Indian journal of veterinary science and animal husbandry - Volume 13,
Year: 1943
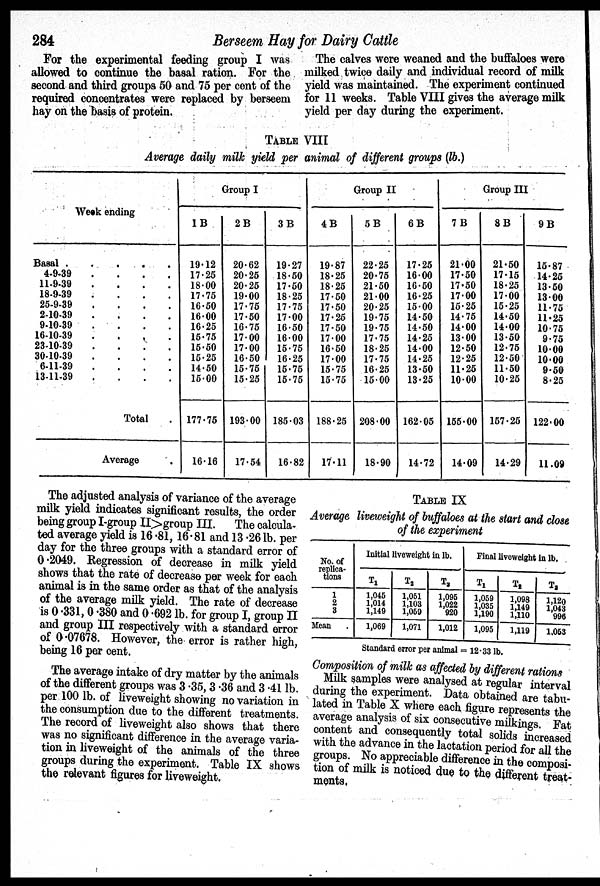
284
Berseem Hay for Dairy Cattle
For the experimental feeding group I was
allowed to continue the basal ration. For the
second and third groups 50 and 75 per cent of the
required concentrates were replaced by berseem
hay on the basis of protein.
The calves were weaned and the buffaloes were
milked twice daily and individual record of milk
yield was maintained. The experiment continued
for 11 weeks. Table VIII gives the average milk
yield per day during the experiment.
TABLE VIII
Average daily milk yield per animal of different groups (lb.)
Week ending
Basal
.
.
.
.
.
4-9-39
.
.
.
.
11-9-39
.
.
.
.
18-9-39
.
.
.
.
25-9-39
.
.
.
.
2-10-39
.
.
.
.
9-10-39
.
.
.
.
16-10-39
.
.
.
.
23-10-39
.
.
.
.
30-10-39
.
.
.
.
6-11-39
.
.
.
.
13-11-39
.
.
.
.
Total .
Average .
Group I
1 B
19.12
17.25
18.00
17.75
16.50
16.00
16.25
15.75
15.50
15.25
14.50
15.00
177.75
16.16
2 B
20.62
20.25
20.25
19.00
17.75
17.50
16.75
17.00
17.00
16.50
15.75
15.25
193.00
17.54
3 B
19.27
18.50
17.50
18.25
17.75
17.00
16.50
16.00
15.75
16.25
15.75
15.75
185.03
16.82
Group II
4 B
19.87
18.25
18.25
17.50
17.50
17.25
17.50
17.00
16.50
17.00
15.75
15.75
188.25
17.11
5 B
22.25
20.75
21.50
21.00
20.25
19.75
19.75
17.75
18.25
17.75
16.25
15.00
208.00
18.90
6 B
17.25
16.00
16.50
16.25
15.00
14.50
14.50
14.25
14.00
14.26
13.50
13.25
162.05
14.72
Group III
7 B
21.00
17.50
17.50
17.00
15.25
14.75
14.00
13.00
12.50
12.25
11.25
10.00
155.00
14.09
8 B
21.50
17.15
18.25
17.00
15.25
14.50
14.00
13.50
12.76
12.50
11.50
10.25
157.25
14.29
9 B
15.87
14.25
13.50
13.00
11.75
11.25
10.75
9.75
10.00
10.00
9.50
8.25
122.00
11.09
The adjusted analysis of variance of the average
milk yield indicates significant results, the order
being group I-group II>group III. The calcula-
ted average yield is 16.81, 16.81 and 13.26 lb. per
day for the three groups with a standard error of
0.2049. Regression of decrease in milk yield
shows that the rate of decrease per week for each
animal is in the same order as that of the analysis
of the average milk yield. The rate of decrease
is 0.331, 0.380 and 0.092 lb. for group I, group II
and group III respectively with a standard error
of 0.07678. However, the error is rather high,
being 16 per cent.
The average intake of dry matter by the animals
of the different groups was 3.35, 3.36 and 3.41 lb.
per 100 lb. of liveweight showing no variation in
the consumption due to the different treatments.
The record of liveweight also shows that there
was no significant difference in the average varia-
tion in liveweight of the animals of the three
groups during the experiment. Table IX shows
the relevant figures for liveweight.
TABLE IX
Average liveweight of buffaloes at the start and close
of the experiment
No. of
replica-
tions
1
2
3
Mean .
Initial liveweight in lb.
T 1
1,045
1,014
1,149
1,069
T 2
1,051 1,103
1,059
1,071
T 3
1,095
1,022
920
1,012
Final liveweight in lb.
T 1
1,059
1,035
1,190
1,095
T 2
1,098
1,149 1,110
1,119
T 3
1,12 1,043
996
1,053
Standard error per animal = 12.33 lb.
Composition of milk as affected by different rations
Milk samples were analysed at regular interval
during the experiment. Data obtained are tabu-
lated in Table X where each figure represents the
average analysis of six consecutive milkings. Fat
content and consequently total solids increased
with the advance in the lactation period for all the
groups. No appreciable difference in the composi-
tion of milk is noticed due to the different treat-
ments.